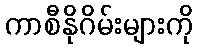
ကာစီနိုဂိမ်းများကို